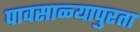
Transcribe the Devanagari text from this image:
पावसाळ्यापुरता